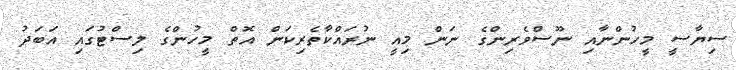
ސިޔާސީ މީހުންނާއި ނޫސްވެރިންްގެ ނަން މިއީ ނުރައްކާތެރިކަން އޮތްް މީހުންގެ ލިސްޓުގައި އަބަދު